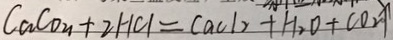
C a C o _ { u } + 2 H C l = C a C l _ { 2 } + H _ { 2 } O + C O _ { 2 } \uparrow